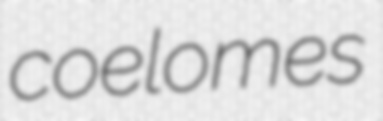
coelomes